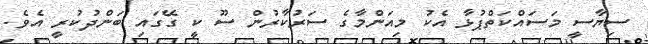
ސިޔާސީ މަސައްކަތްޕުޅާ އެކު މިއަންމާގެ ސަރުކާރުން ސޫ ކީ ގޭގައި ބަންދުކުރީ އެވެ.